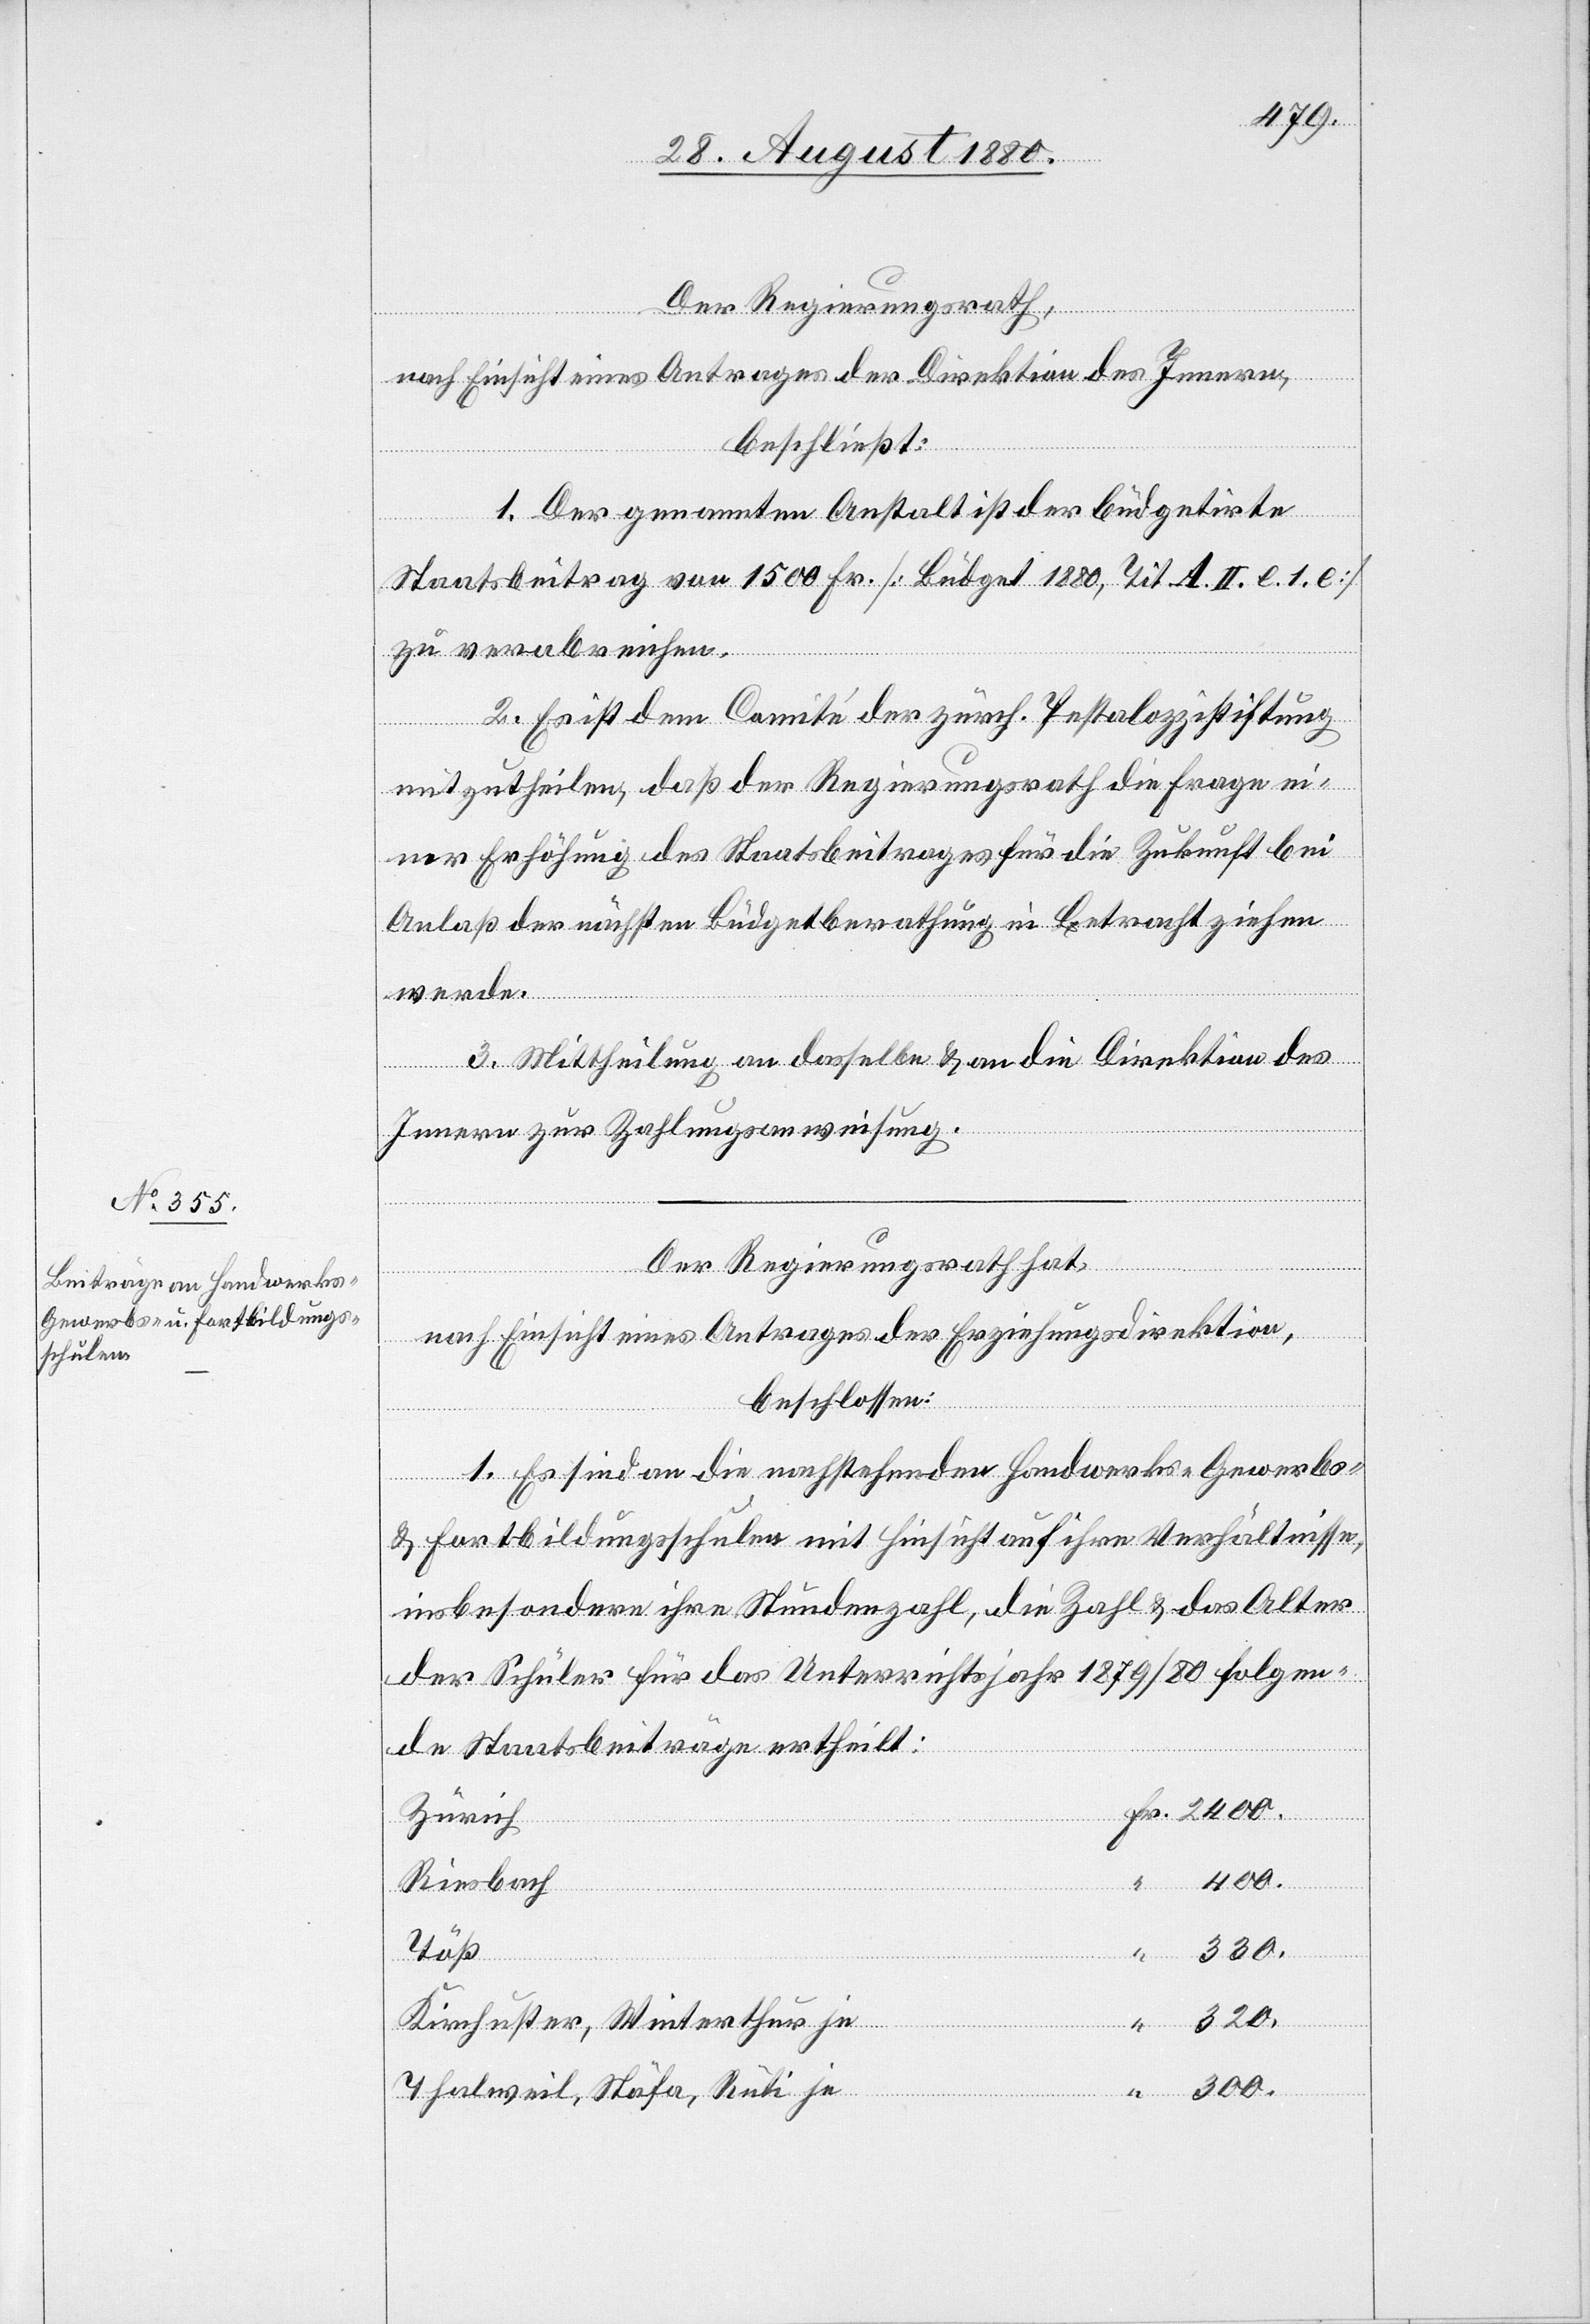
Der Regierungsrath,
nach Einsicht eines Antrages der Direktion des Innern,
beschließt:
Fr.
1. Der genannten Anstalt ist der budgetirte
Staatsbeitrag von 1500 Fr. [Budget 1880, Tit. A. II. l. 1. l]
zu verabreichen.
2. Es ist dem Comité der zürch. Pestalozzistiftung
mitzutheilen, daß der Regierungsrath die Frage ein¬
er Erhöhung des Staatsbeitrages für die Zukunft bei
Anlaß der nächsten Budgetberathung in Betracht ziehen
werde.
3. Mittheilung an dasselbe & an die Direktion des
Innern zur Zahlungsanweisung.
Der Regierungsrath hat,
nach Einsicht eines Antrages der Erziehungsdirektion,
beschlossen:
1. Es sind an die nachstehenden Handwerks- Gewerbs-
& Fortbildungsschulen mit Hinsicht auf ihre Verhältnisse,
insbesondere ihre Stundenzahl, die Zahl & das Alter
der Schüler für das Unterrichtsjahr 1879/80 folgen¬
de Staatsbeiträge ertheilt:
Zürich
“
400.
“
Riesbach
300.
“
320.
Kirchuster, Winterthur je
Thalweil, Stäfa, Rüti je